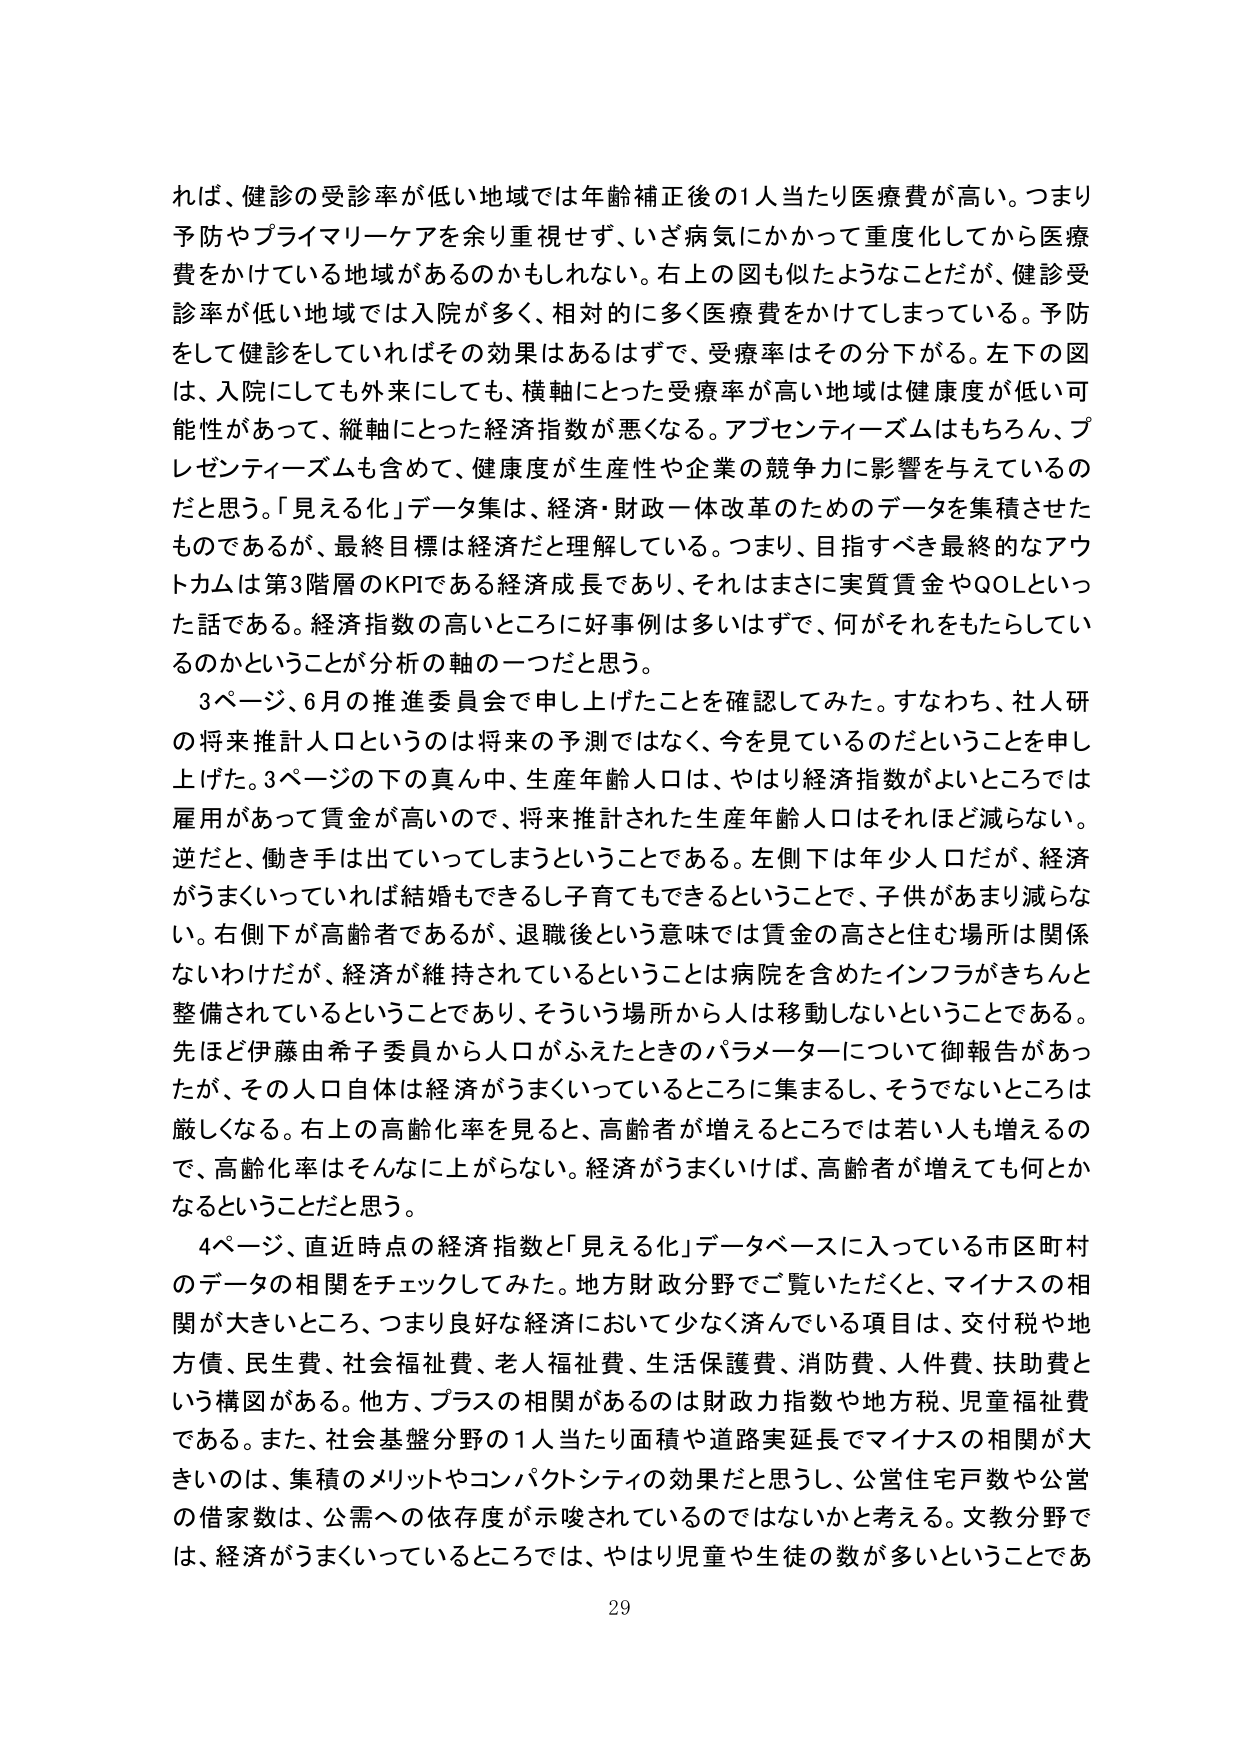
れば、健診の受診率が低い地域では年齢補正後の1人当たり医療費が高い。つまり予防やプライマリーケアを余り重視せず、いざ病気にかかって重度化してから医療費をかけている地域があるのかもしれない。右上の図も似たようなことだが、健診受診率が低い地域では入院が多く、相対的に多く医療費をかけてしまっている。予防をして健診をしていればその効果はあるはずで、受療率はその分下がる。左下の図は、入院しても外来にしても、横軸にとった受療率が高い地域は健康度が低い可能性があって、縦軸にとった経済指数が悪くなる。アブセンティーズムはもちろん、プレゼンティーズムも含めて、健康度が生産性や企業の競争力に影響を与えているのだと思う。「見える化」データ集は、経済・財政一体改革のためのデータを集積させたものであるが、最終目標は経済だと理解している。つまり、目指すべき最終的なアウトカムは第3階層のKPIである経済成長であり、それはまさに実質賃金やQOLといった話である。経済指数の高いところに好事例は多いはずで、何がそれをもたらしているのかということが分析の軸の一つだと思う。

3ページ、6月の推進委員会で申し上げたことを確認してみた。すなわち、社人研の将来推計人口というのは将来の予測ではなく、今を見ているのだということを申し上げた。3ページの下の真ん中、生産年齢人口は、やはり経済指数がよいところでは雇用があって賃金が高いので、将来推計された生産年齢人口はそれほど減らない。逆だと、働き手は出ていってしまうということである。左側下は年少人口だが、経済がうまくいっていれば結婚もできるし子育てもできるということで、子供があまり減らない。右側下が高齢者であるが、退職後という意味では賃金の高さと住む場所は関係ないわけだが、経済が維持されているということは病院を含めたインフラがきちんと整備されているということであり、そういう場所から人は移動しないということである。先ほど伊藤由希子委員から人口がふえたときのパラメーターについて御報告があったが、その人口自体は経済がうまくいっているところに集まるし、そうでないところは厳しくなる。右上の高齢化率を見ると、高齢者が増えるところでは若い人も増えるので、高齢化率はそんなに上がらない。経済がうまくいけば、高齢者が増えても何とかなるということだと思う。

4ページ、直近時点の経済指数と「見える化」データベースに入っている市区町村のデータの相関をチェックしてみた。地方財政分野でご覧いただくと、マイナスの相関が大きいところ、つまり良好な経済において少なく済んでいる項目は、交付税や地方債、民生費、社会福祉費、老人福祉費、生活保護費、消防費、人件費、扶助費という構図がある。他方、プラスの相関があるのは財政力指数や地方税、児童福祉費である。また、社会基盤分野の1人当たり面積や道路実延長でマイナスの相関が大きいのは、集積のメリットやコンパクトシティの効果だと思うし、公営住宅戸数や公営の借家数は、公需への依存度が示唆されているのではないかと考える。文教分野では、経済がうまくいっているところでは、やはり児童や生徒の数が多いということであ

29